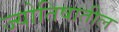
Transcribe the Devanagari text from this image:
ज्योतिषातील